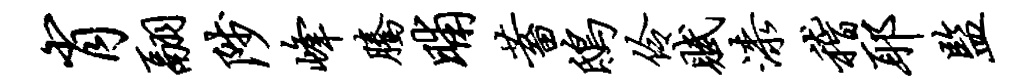
肖翮陟峰腾晡蓄鸱伶赋漆稽耶监